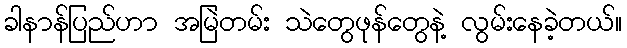
ခါနာန်ပြည်ဟာ အမြဲတမ်း သဲတွေဖုန်တွေနဲ့ လွမ်းနေခဲ့တယ်။